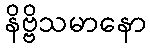
နိဗ္ဗိသမာနော